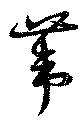
葦